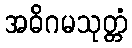
အဓိဂမသုတ္တံ